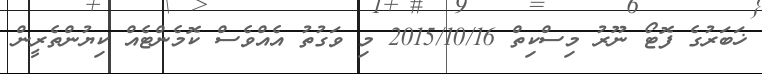
ޚަބަރުގެ ފޮޓޯ ނޫރު މިސްކިތް 2015/10/16 މި ވަގުތު އެއްވެސް ކޮމެންޓެއް ކިޔުންތެރީން